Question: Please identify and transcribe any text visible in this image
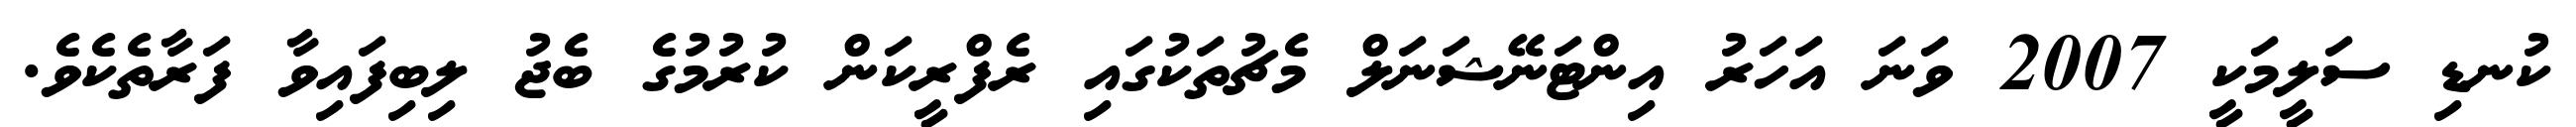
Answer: ކުނޑި ސަލީމަކީ 2007 ވަނަ އަހަރު އިންޓަނޭޝަނަލް މެޗުތަކުގައި ރެފްރީކަން ކުރުމުގެ ބެޖު ލިބިފައިވާ ފަރާތެކެވެ.